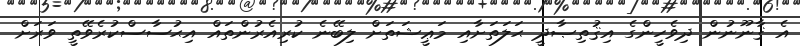
އެ ޤާނޫނުން ދިވެހީންގެ އިޤުތިޞާދީ ޙަލަތަށާއި މަޢީޝަތަށް ލިބޭނެ ކުރިއެރުންތައް އިޙުސާސްކުރެވޭތީ ވަރަށް